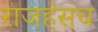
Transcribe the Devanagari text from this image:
राजहंसच